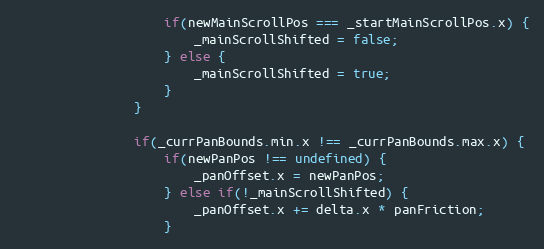
Language: JavaScript
					if(newMainScrollPos === _startMainScrollPos.x) {
						_mainScrollShifted = false;
					} else {
						_mainScrollShifted = true;
					}
				}

				if(_currPanBounds.min.x !== _currPanBounds.max.x) {
					if(newPanPos !== undefined) {
						_panOffset.x = newPanPos;
					} else if(!_mainScrollShifted) {
						_panOffset.x += delta.x * panFriction;
					}